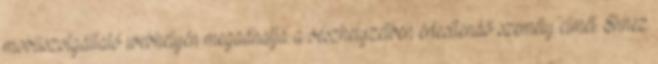
mobilszolgáltató webhelyén megadhatja a vészhelyzetben értesítendő személy címét. Ehhez